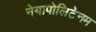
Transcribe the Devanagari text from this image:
नेयापोलिटेनम